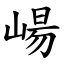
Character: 崵